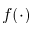
f ( \cdot )